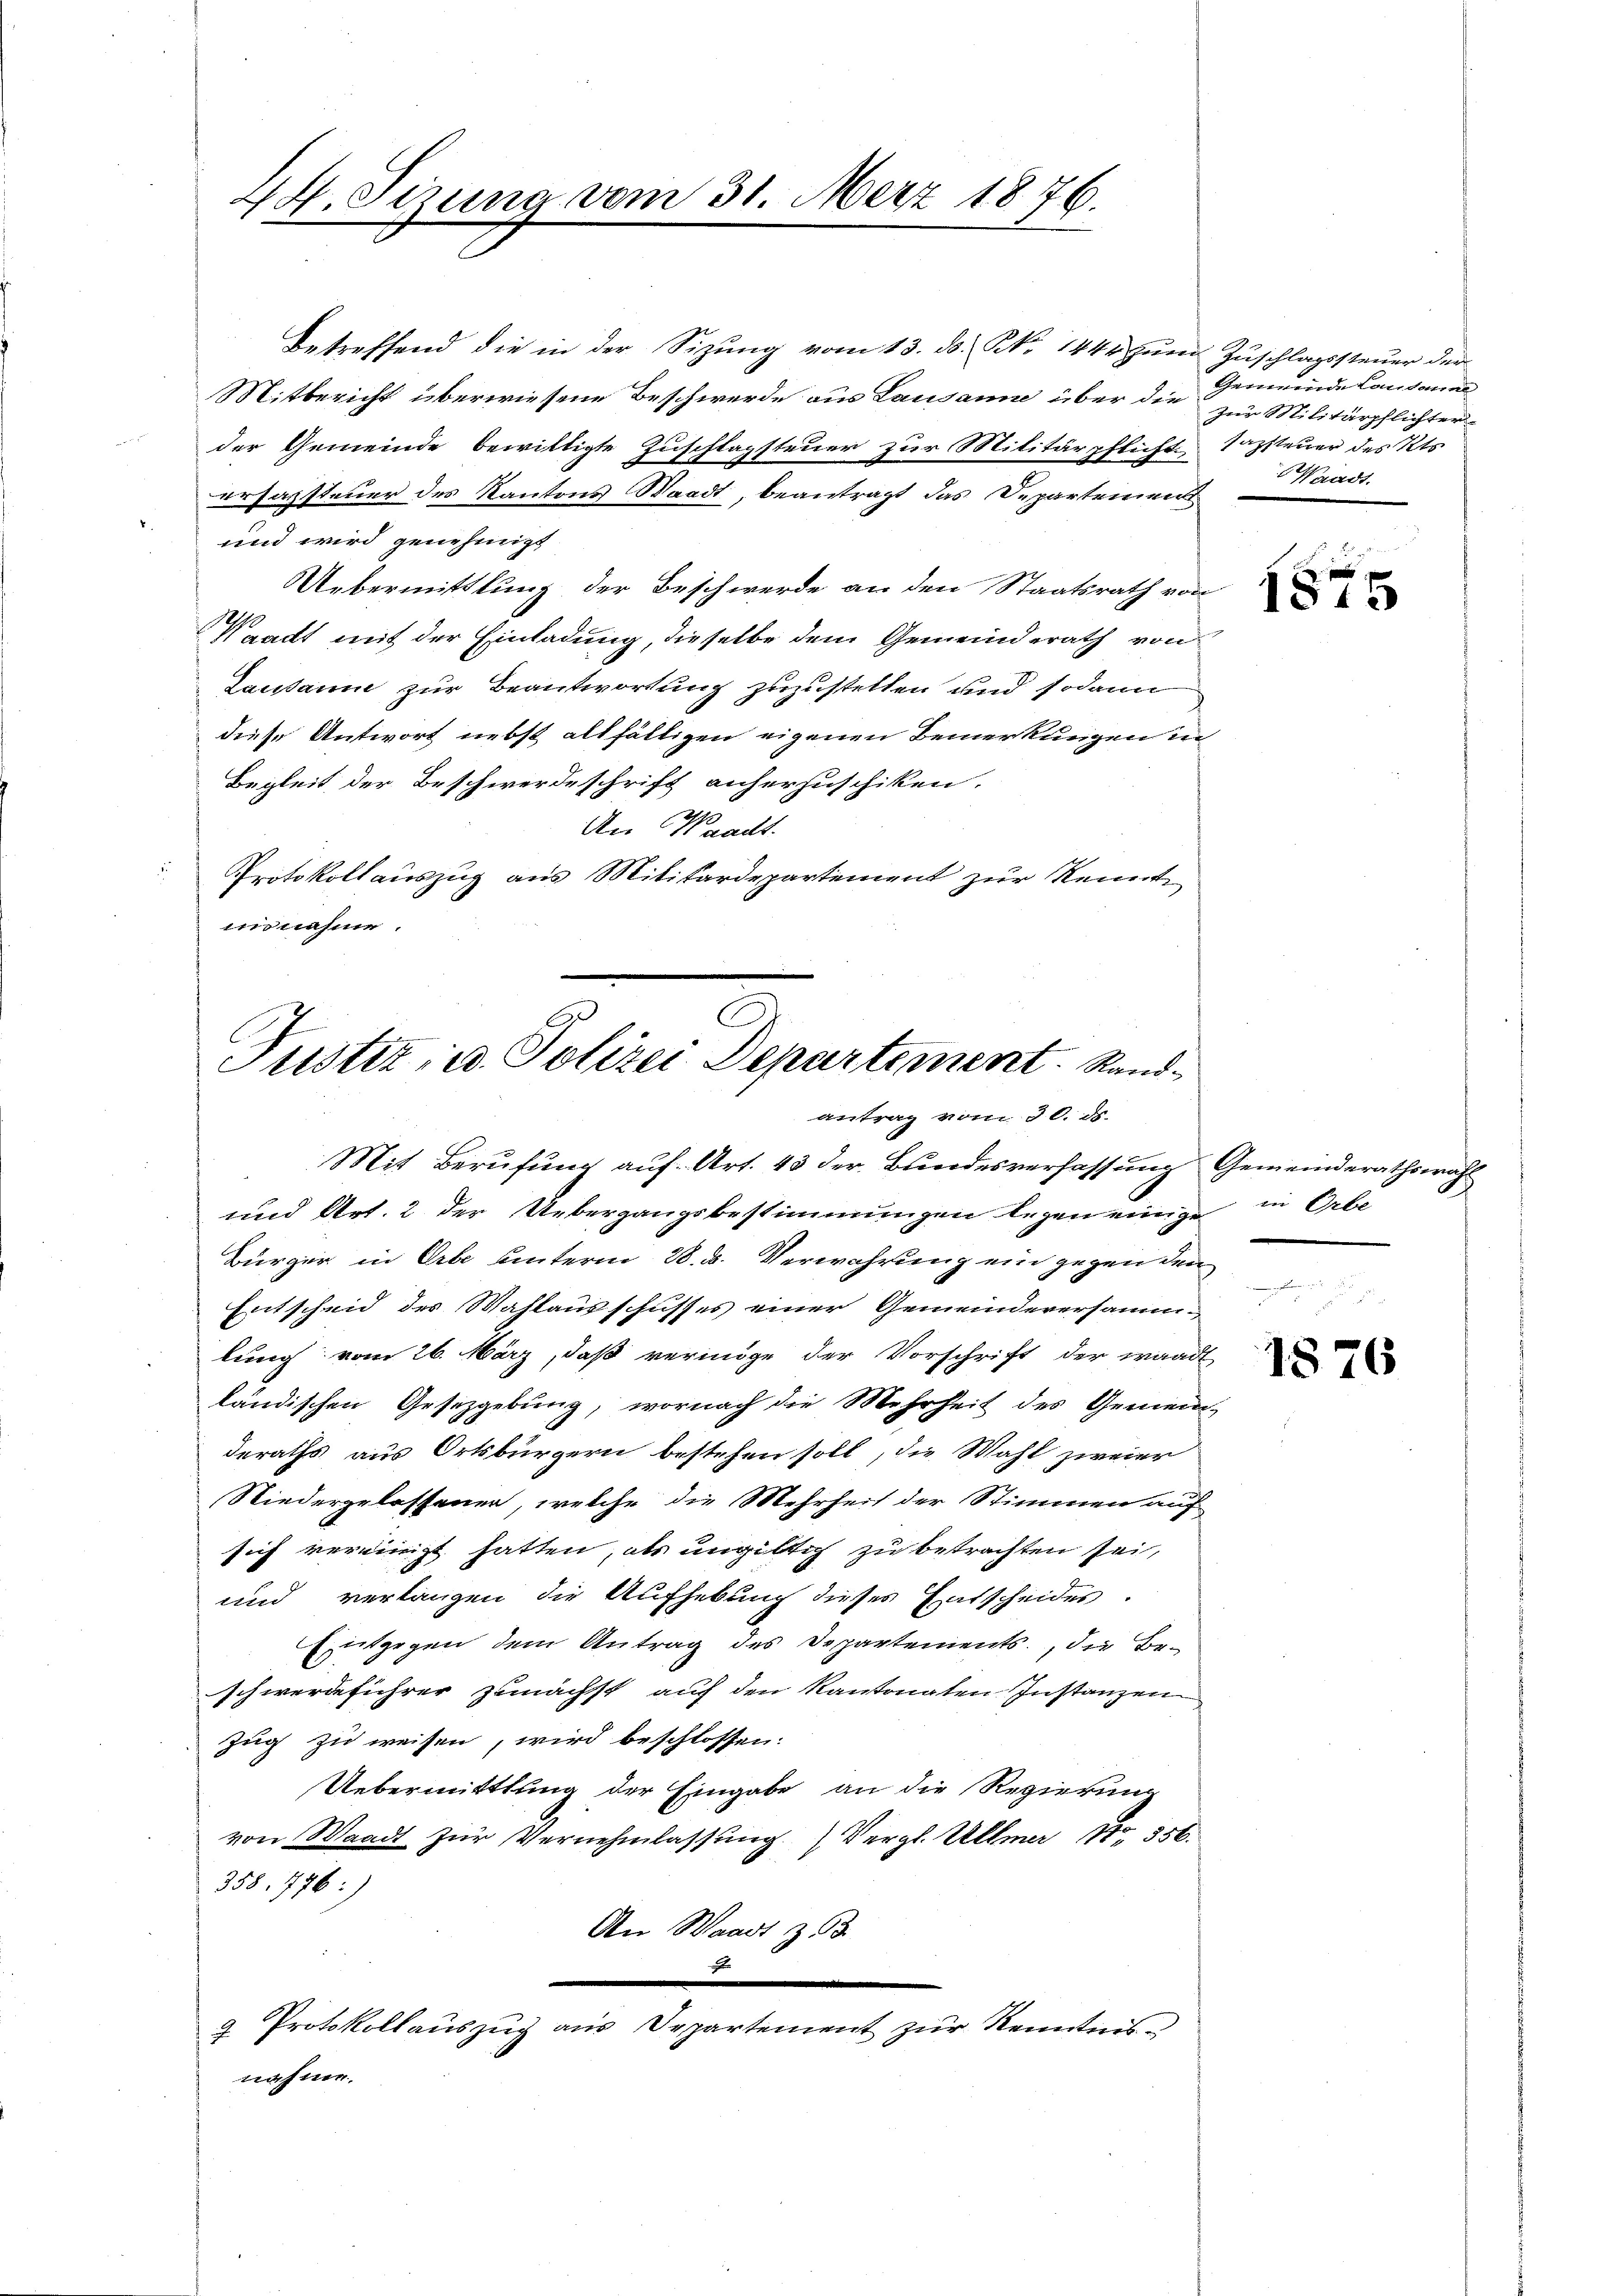
Betreffend die in der Sizŭng vom 13. ds. N. 1444 zŭm Zŭschlagssteŭer der
Mitbericht überwiesene Beschwerde aus Lausanne über die Gemeinde Cantonal
der Gemeinde bewilligte Zuschlagsteuer zur Militärpflicht. Sazsteuer des Kts.
ersagsteuer des Kantons Staadt, beantragt das Departement
und wird genehmigt
Uebermittlung der Beschwerde an den Staatsrath von
Waadt mit der Einladung, dieselbe dem Gemeinderath von
Lausanne zur Beantwortung zuzustellen und sodann
diese Antwort nebst allfältigen eigenen Bemerkungen in
Begleit der Beschwerdeschrift anherzuschiken.

An Waadt.
Protokoll auszug aus Militärdepartement zur Kenntennahme.

C
Justiz, u. Polizei Departement. Sandantrag vom 30. ds.

44. Sizung vom 31. Merz 1876.

Mit Berufung auf Art. 43 der Bundesverfassung Gemeinderathswahl
und Art. 2 der Uebergangsbestimmungen legen einige in Orbe
Bürger in Erbe unterm 28. d. Verwahrung ein gegen den
Entscheid des Wahlausschusses einer Gemeindeversammlung vom 26. März, daß vermöge der Vorschrift der waadt
ländischen Gesetzgebung, wornach die Mehrheit des Gemein-
deraths aus Ortsbürgern bestehen soll, die Wahl zweier
Niedergelassener, welche die Mehrheit der Stimmen auf
sich vereinigt hatten, als ungiltich zu betrachten sei,
und verlangen die Aufhebung dieses Entscheides.
Entgegen dem Antrag des Departements, die Beschwerdeführer zunächst auf den kantonaten Instanzen
Zug zu weisen, wird beschlossen:
Uebermittlung der Eingabe an die Regierung
von Waadt zur Vernehmlassung Vergl. Ullmer 17. 356.
358. 776:)
An Waadt z
x

g Protokollauszug aus Departement zur Kenntnis-
nahme.

zur Militärpflichter
Waadt.

e
1815

1876